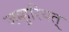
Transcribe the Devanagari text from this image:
जम्हूरियत्